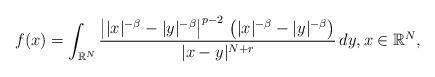
LaTeX: \begin{align*}f(x)=\int_{\mathbb{R}^N} \frac{\left||x|^{-\beta}-|y|^{-\beta}\right|^{p-2}\,\left(|x|^{-\beta}-|y|^{-\beta}\right)}{|x-y|^{N+r}}\, dy,x\in\mathbb{R}^N,\end{align*}